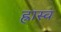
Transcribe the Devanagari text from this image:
ह्रास्व